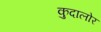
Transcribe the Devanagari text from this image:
कुदालोर